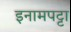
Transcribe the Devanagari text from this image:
इनामपट्टा